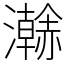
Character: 𤃬